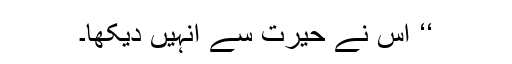
‘‘ اس نے حیرت سے انہیں دیکھا۔